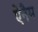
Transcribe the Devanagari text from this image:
ऐनैम